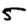
Digit: 5